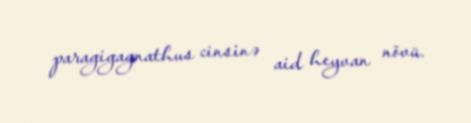
paragigagnathus cinsinə aid heyvan növü.